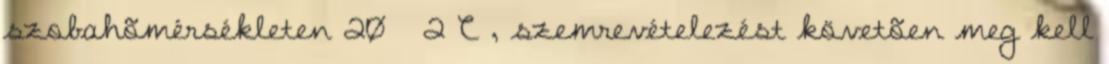
szobahõmérsékleten 20 ± 2°C , szemrevételezést követõen meg kell